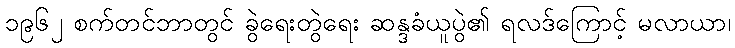
၁၉၆၂ စက်တင်ဘာတွင် ခွဲရေးတွဲရေး ဆန္ဒခံယူပွဲ၏ ရလဒ်ကြောင့် မလာယာ၊